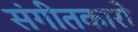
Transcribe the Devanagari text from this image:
संगीतकारो